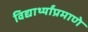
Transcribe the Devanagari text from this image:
विद्यार्थ्यांप्रमाणे